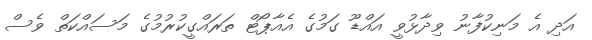
އަދި އެ މަނިކުފާނު ވިދާޅުވީ އައްޑޫ ގަމުގެ އެއާޕޯޓް ތަރައްގީކުރުމުގެ މަސައްކަތް ވެސް